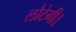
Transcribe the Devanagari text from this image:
लौटेगी।